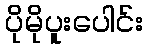
ပိုမိုပူးပေါင်း